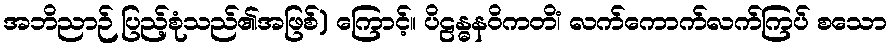
အဘိညာဉ် ပြည့်စုံသည်၏အဖြစ်) ကြောင့်။ ပိဠန္ဓနဝိကတိံ၊ လက်ကောက်လက်ကြပ် စသော